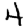
Digit: 4